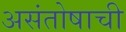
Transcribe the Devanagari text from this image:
असंतोषाची